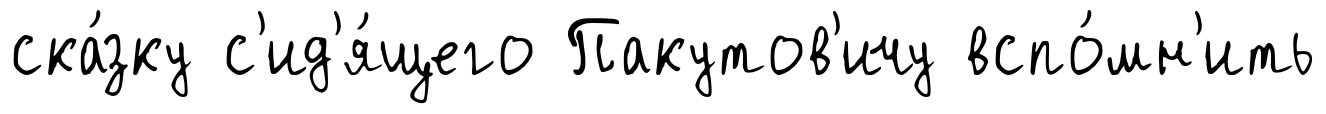
ска́зку с'ид'я́щего Пакутов'ичу вспо́мн'ить